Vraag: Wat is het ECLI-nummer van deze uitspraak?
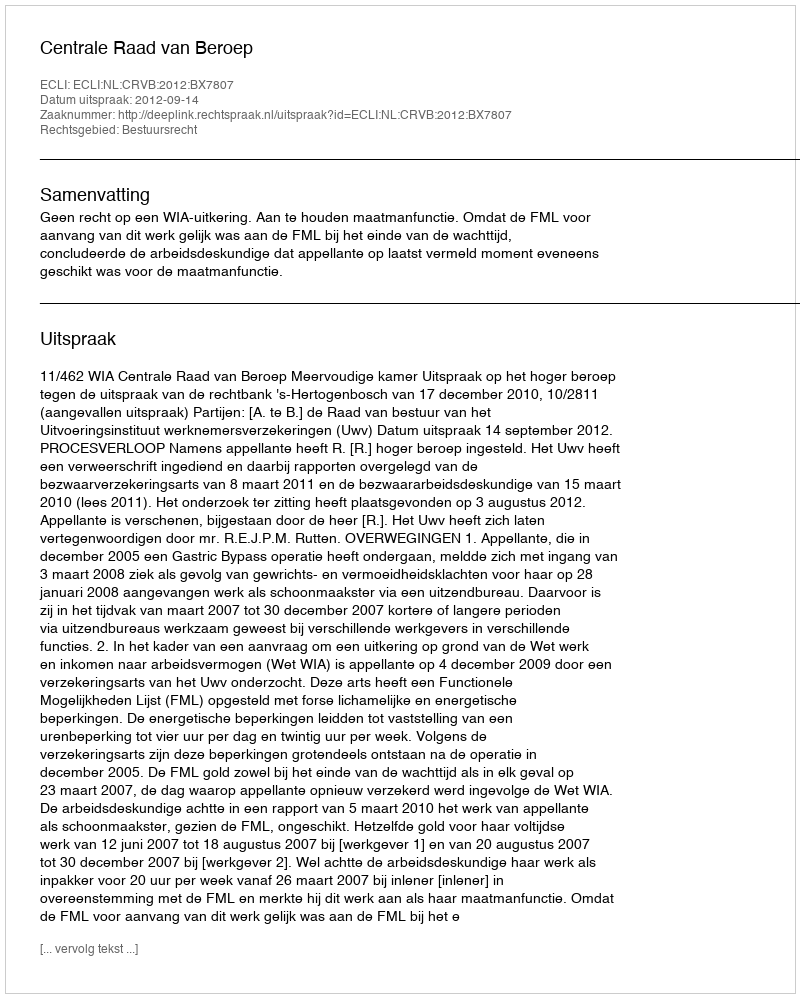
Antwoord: ECLI:NL:CRVB:2012:BX7807